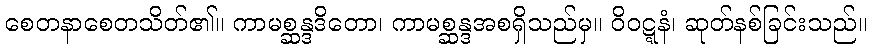
စေတနာစေတသိတ်၏။ ကာမစ္ဆန္ဒဒိတော၊ ကာမစ္ဆန္ဒအစရှိသည်မှ။ ဝိဝဋ္ဋနံ၊ ဆုတ်နစ်ခြင်းသည်။